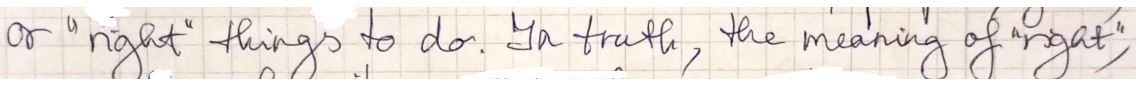
or "right" things to do. In truth, the meaning of together,